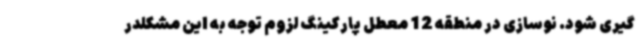
گیری شود. نوسازی در منطقه 12 معطل پارکینگ لزوم توجه به این مشکلدر